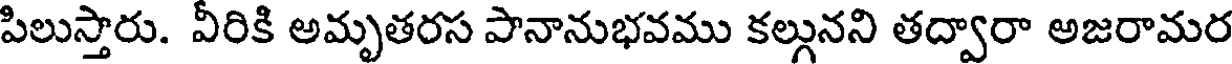
పిలుస్తారు. వీరికి అమృతరస పానానుభవము కల్గునని తద్వారా అజరామర